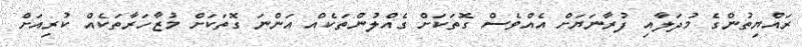
ރައްޔިތުންގެ މުދަލާއި ފުރާނަޔަށް އެއްވެސް ގޮތަކަށް ގެއްލުންތަކެއް އަންނަ ގޮތަކަށް މުޒާހަރާތަކެއް ކުރިއަށް